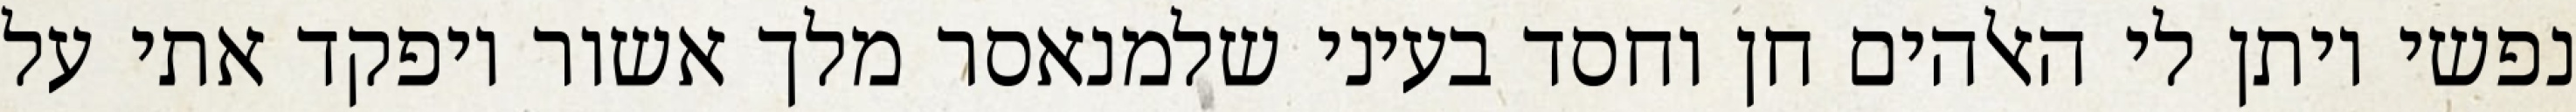
נפשי ויתן לי האלהים חן וחסד בעיני שלמנאסר מלך אשור ויפקד אתי על